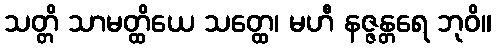
သတ္တိ သာမတ္ထိယေ သတ္ထေ၊ မဟီ နဇ္ဇန္တရေ ဘုဝိ။